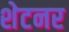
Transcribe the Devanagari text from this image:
शेटनर